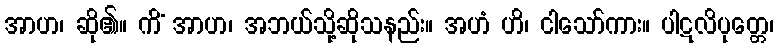
အာဟ၊ ဆို၏။ ကိံ အာဟ၊ အဘယ်သို့ဆိုသနည်း။ အဟံ ဟိ၊ ငါသော်ကား။ ပါဋလိပုတ္တေ၊